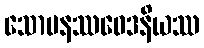
သောမနဿဝေဒနိယဿ